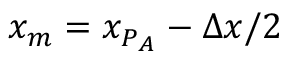
x _ { m } = x _ { P _ { A } } - \Delta x / 2